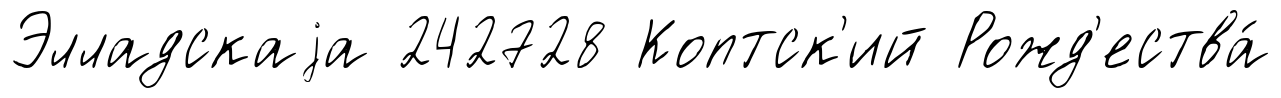
Элладскаjа 242728 Коптск'ий Рожд'ества́